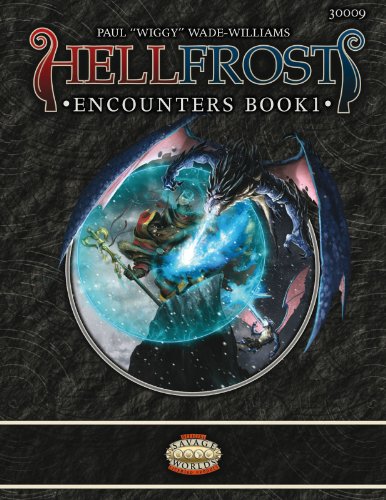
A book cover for Hellfrost Encounter Book 1 (Savage Worlds); Paul Wade-Williams; Science Fiction & Fantasy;